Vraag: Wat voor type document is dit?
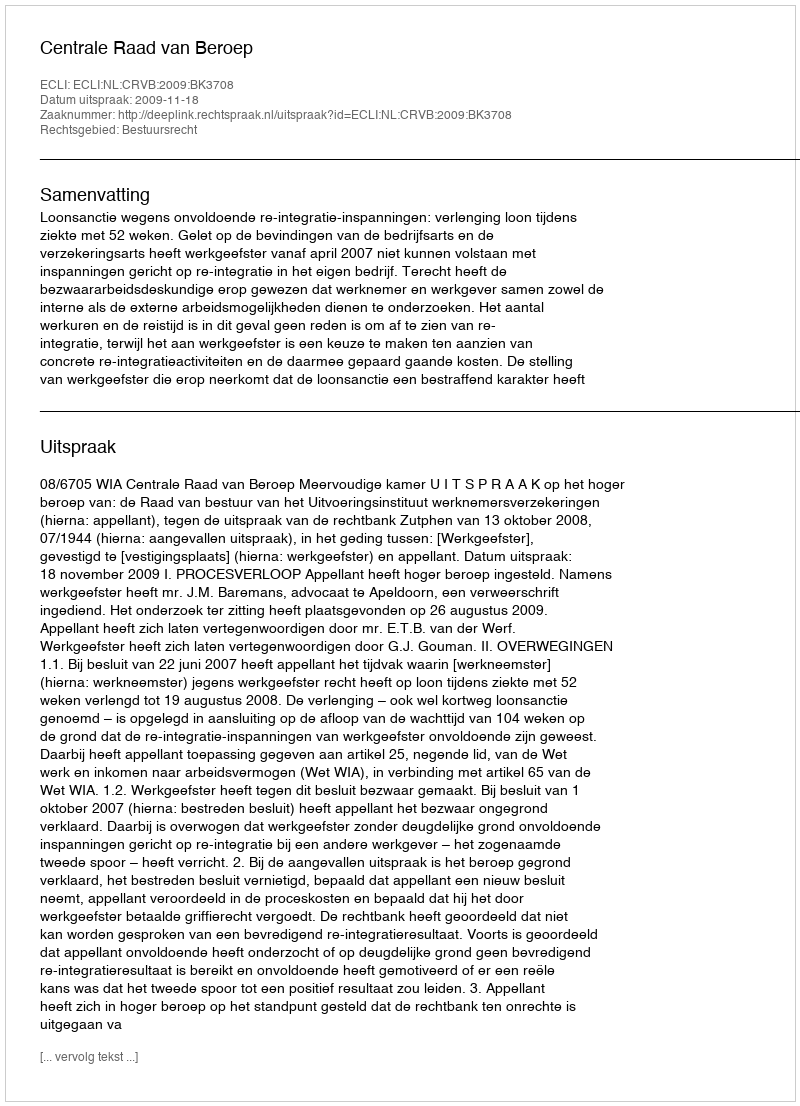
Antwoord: Uitspraak